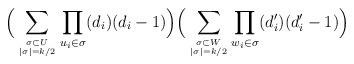
LaTeX: \begin{align*}\Big( \displaystyle\sum_{\sigma \subset U \atop |\sigma|=k/2}\prod_{u_i \in \sigma} (d_i)(d_i-1) \Big)\Big( \displaystyle\sum_{\sigma \subset W \atop |\sigma|=k/2}\prod_{w_i\in \sigma}(d_i')(d_i'-1) \Big)\end{align*}